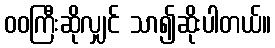
ဝဝကြီးဆိုလျှင် သာ၍ဆိုးပါတယ်။